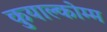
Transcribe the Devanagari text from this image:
कुयाल्कोम्म